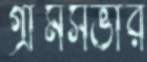
গ্রামসভার